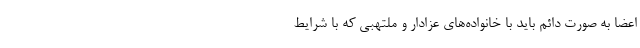
اعضا به صورت دائم باید با خانواده‌های عزادار و ملتهبی که با شرایط